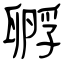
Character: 孵